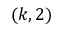
( k , 2 )